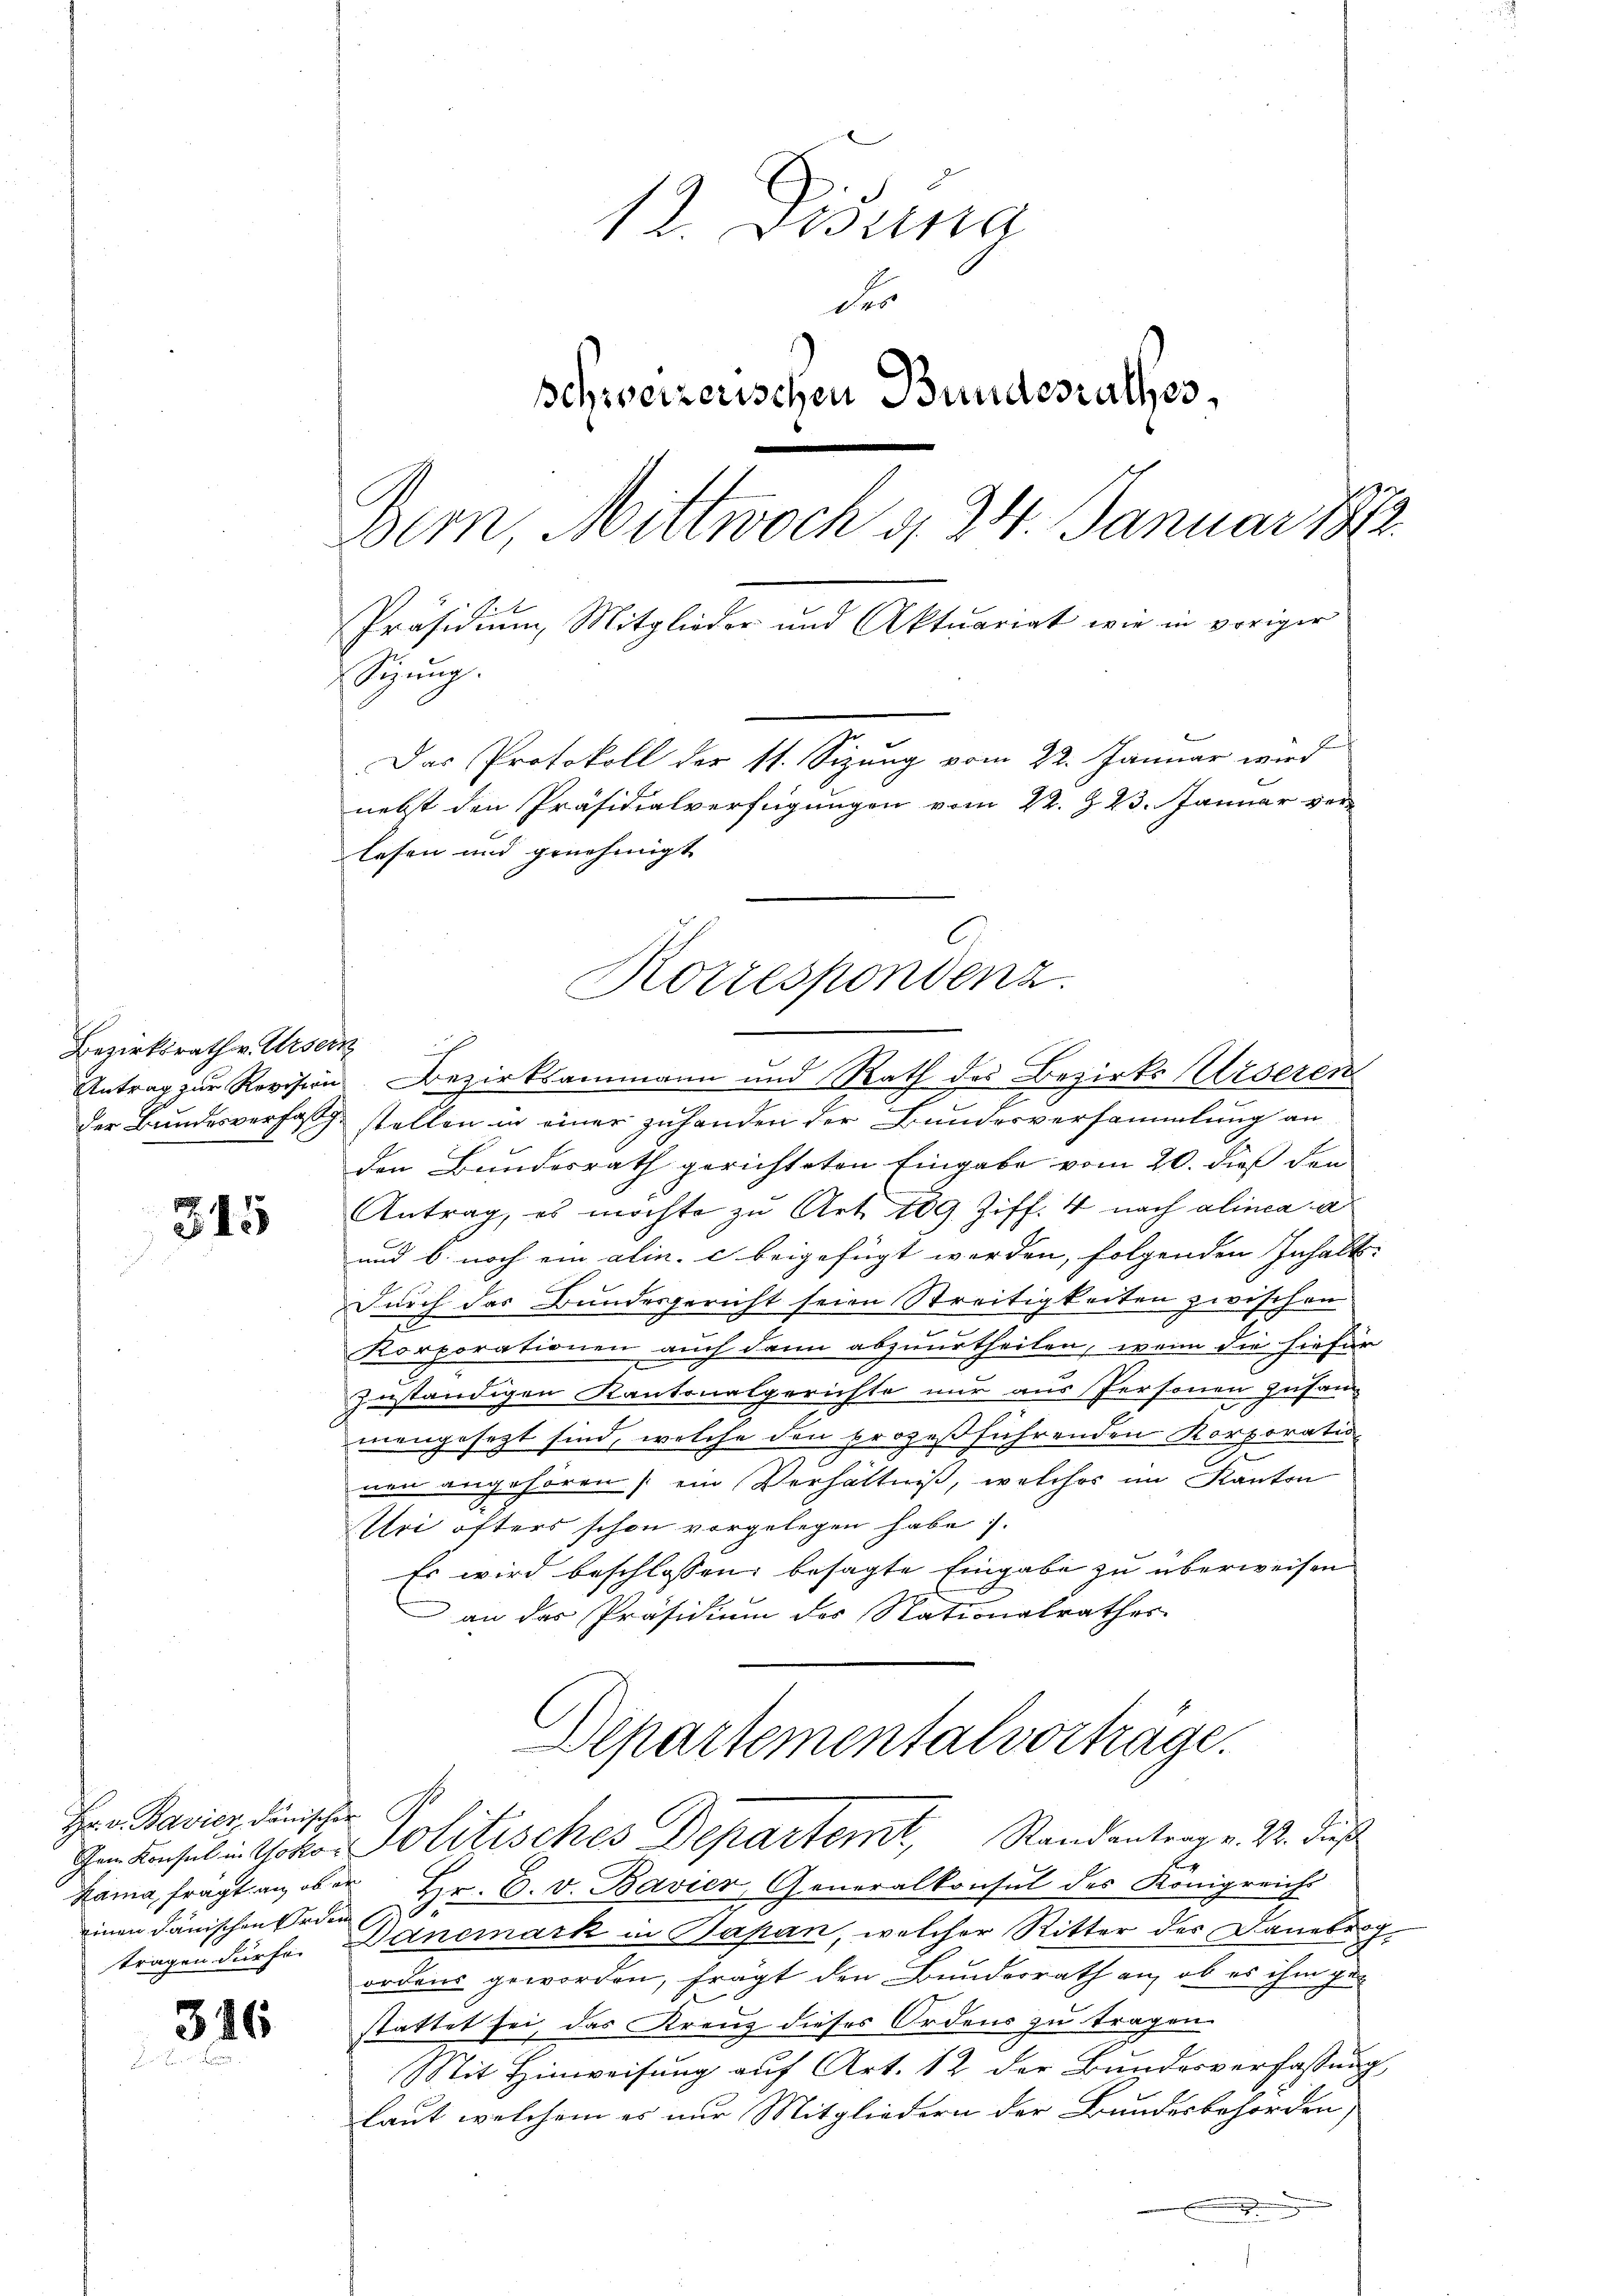
Bezirksrath v. Ursern

315

Hr. v. Bavier dänischer
inen Janischen Erden

316

12. Disung
des
schweizerischen Bundesrathes,
Bern, Mittwoch d. 24. Januar 1872.
Präsidium Mitglieder und Aktuariat wie in voriger
Sizung.
Das Protokoll der st. Sizung vom 22. Januar wird
nebst den Präsidialverfügungen vom 22. § 23. Januar verlesen und genehmigt

Antrag zur Revision Bezirksammann und Rath des Bezirks Urseren
der Bundesverfach stellen in einer zuhanden der Bundesversammlung an
den Bundesrath gerichteten Eingabe vom 20. dieß den
Antrag, es möchte zu Art. 109 Ziff. 4 nach alinea a
und b. noch ein alin. c beigefügt worden, folgenden Inhalt-
Durch das Bundesgericht seien Streitigkeiten zwischen
Korporationen auch dann abzuurtheilen, wenn die hiefür
zuständigen Kantonalgerichte nur aus Personen zusamm
mengesezt sind, welche den prozeßführenden Korporation
t
nen angehören / ein Verhältniß, welches im Kanton
Wei öfters schon vorgelegen habe.
Es wird beschlossen besagte Eingabe zu überweisen
an das Präsidium des Stationalrathes
Departementalvorträge.
Dem Konsul in Photos Politisches Departemt, Randantrag v. M. dieß
Rama, fragt an ober Hr. C. v. Bavier, Generalkonsul des Königreichs
tragen dürfe. Danemark in Japan, welcher Ritter des Daneberg-
ordens geworden, frägt den Bundesrath an, ob es ihm gestattet sei, das Kreuz dieses Ordens zu tragen.
Mit Hinweisung auf Art. 12 der Bundesverfassung
laut welchem es nur Mitgliedern der Bundesbehörden,

C
Rorrespondenz.